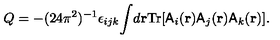
Q = - ( 2 4 { \pi } ^ { 2 } ) ^ { - 1 } { \epsilon } _ { i j k } { \int } d { \bf { r } } \mathrm { T r } [ { \sf A } _ { i } ( { \bf { r } } ) { \sf A } _ { j } ( { \bf { r } } ) { \sf A } _ { k } ( { \bf { r } } ) ] .